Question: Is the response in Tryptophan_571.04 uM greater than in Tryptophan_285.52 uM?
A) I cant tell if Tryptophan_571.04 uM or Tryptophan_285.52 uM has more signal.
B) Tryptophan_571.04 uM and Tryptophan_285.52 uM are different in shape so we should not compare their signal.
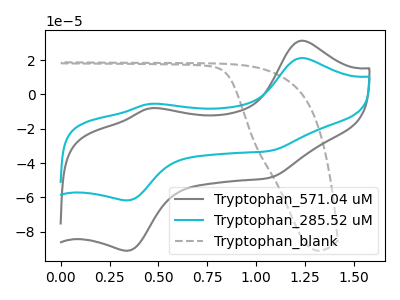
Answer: <think>The gray curve "Tryptophan_571.04 uM" has anodic peaks at (1.25V, 31.35uA) (0.45V, -8.15uA) and cathodic peaks at (0.35V, -91.10uA) (1.05V, -48.55uA). The cyan curve "Tryptophan_285.52 uM" has anodic peaks at (1.25V, 21.25uA) (0.45V, -5.50uA) and cathodic peaks at (0.35V, -61.75uA) (1.05V, -32.90uA). The gray dashed curve "Tryptophan_blank" has no peaks.
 All the peaks in "Tryptophan_571.04 uM" have a peak in "Tryptophan_285.52 uM" at the same potential.</think>
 <answer>A) I cant tell if "Tryptophan_571.04 uM" or "Tryptophan_285.52 uM" has more signal.</answer>
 <eval>A</eval>